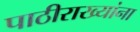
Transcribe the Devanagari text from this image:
पाठीराख्यांना